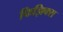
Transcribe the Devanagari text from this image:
फिझिक्स